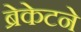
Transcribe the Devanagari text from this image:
ब्रेकेटने